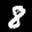
Label: 8